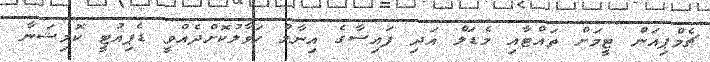
ޗެމްޕިއަން ޓީމަށް ތައްޓާއި މެޑަލް އަދި ފައިސާގެ އިނާމް ހަވާލުކޮށްދެއްވީ ޑެޕިއުޓީ ކޮމިޝަނާ